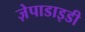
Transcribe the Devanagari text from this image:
ज़ेपाडाइडी